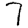
Digit: 7